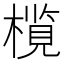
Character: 𬄦